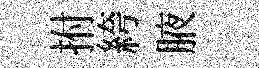
拊絝腋